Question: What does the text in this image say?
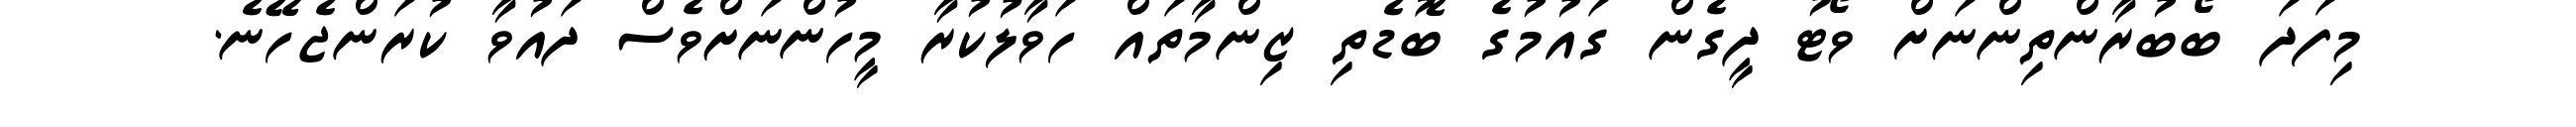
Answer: މިފަދަ ބޯބުރާންތިންނަށް ވޯޓު ދީގެން ގައުމުގެ ބޮޑެތި ޒިންމާތައް ހަވާލުކުރާ މީހުންނަށްވެސް ދައުވާ ކުރަންޖެހޭނެ.